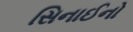
સિનાઈનો